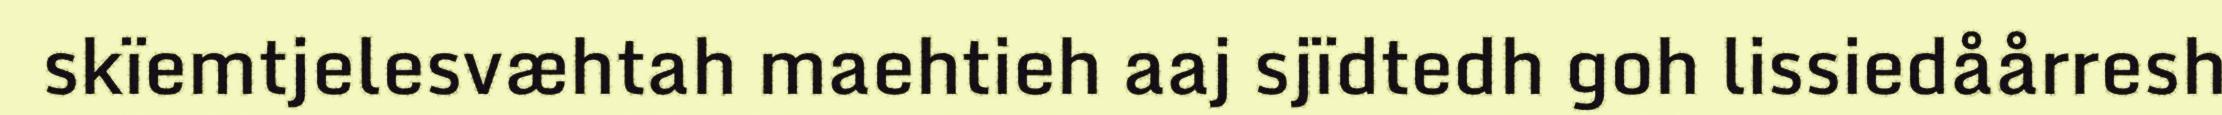
skïemtjelesvæhtah maehtieh aaj sjïdtedh goh lissiedåårresh